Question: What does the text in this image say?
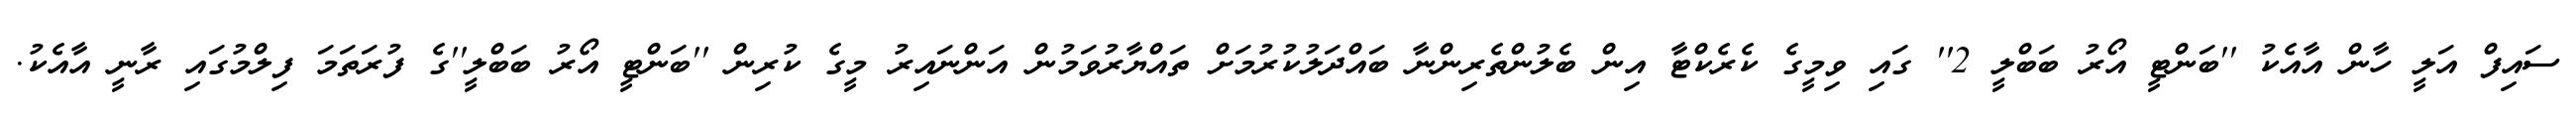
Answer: ސައިފް އަލީ ހާން އާއެކު ''ބަންޓީ އޯރު ބަބްލީ 2'' ގައި ވިމީގެ ކެރެކްޓާ އިން ބެލުންތެރިންނާ ބައްދަލުކުރުމަށް ތައްޔާރުވަމުން އަންނައިރު މީގެ ކުރިން ''ބަންޓީ އޯރު ބަބްލީ''ގެ ފުރަތަމަ ފިލްމުގައި ރާނީ އާއެކު.